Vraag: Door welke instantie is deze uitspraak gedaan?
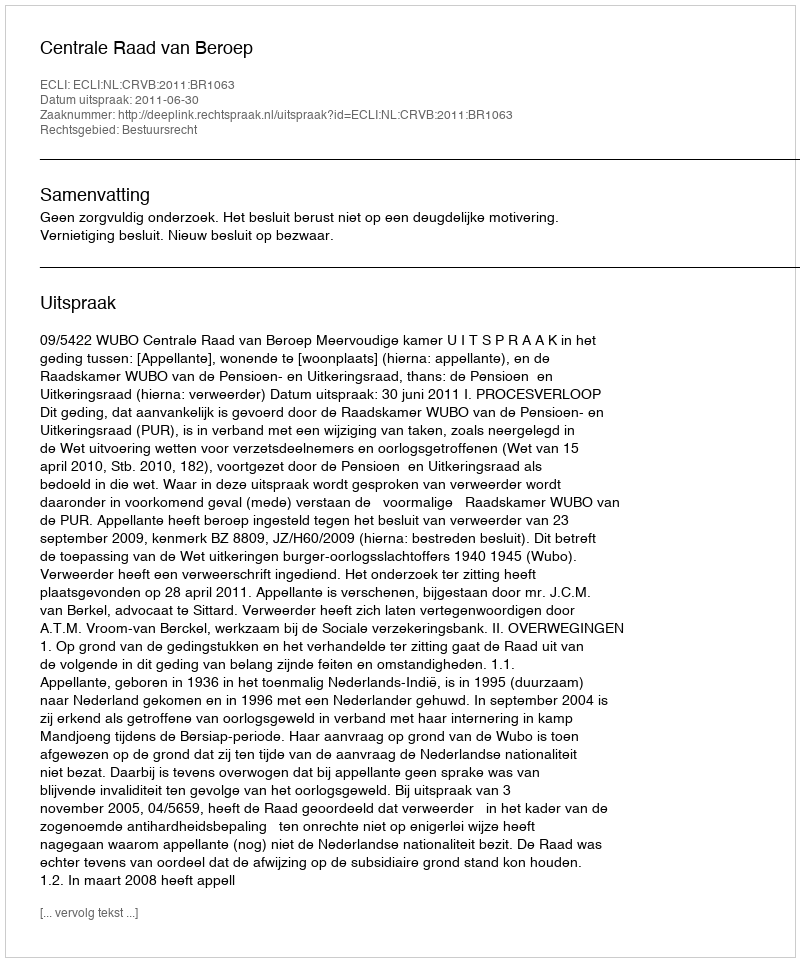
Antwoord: Centrale Raad van Beroep